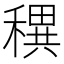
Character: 穓